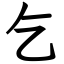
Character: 乞